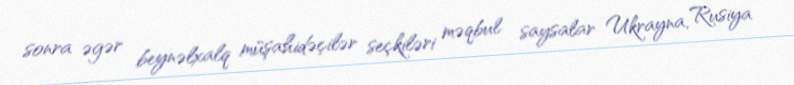
sonra əgər beynəlxalq müşahidəçilər seçkiləri məqbul saysalar Ukrayna, Rusiya